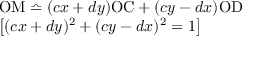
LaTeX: \begin{array} { l } { \mathrm { O M } \bumpeq ( c x + d y ) \mathrm { O C } + ( c y - d x ) \mathrm { O D } } \\ { \left[ ( c x + d y ) ^ { 2 } + ( c y - d x ) ^ { 2 } = 1 \right] } \end{array}